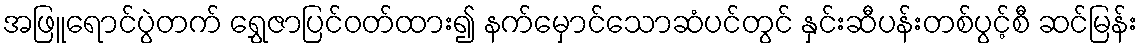
အဖြူရောင်ပွဲတက် ရွှေဇာပြင်ဝတ်ထား၍ နက်မှောင်သောဆံပင်တွင် နှင်းဆီပန်းတစ်ပွင့်စီ ဆင်မြန်း